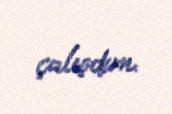
çalışdım.